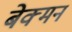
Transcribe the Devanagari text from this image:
बेक्मन